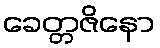
ခေတ္တဇိနော